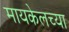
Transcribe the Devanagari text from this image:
मायकेलच्या